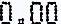
0.00